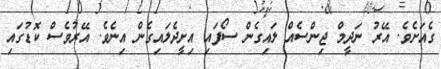
ގެއަށެވެ. އޭރު ނަދީމް ޖިންސެއް ލައިގެން ސޯފައި އިށީދެލައިގެން އިނެވެ. އޭރުވެސް ކޮޑުގައި